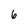
Character: 6